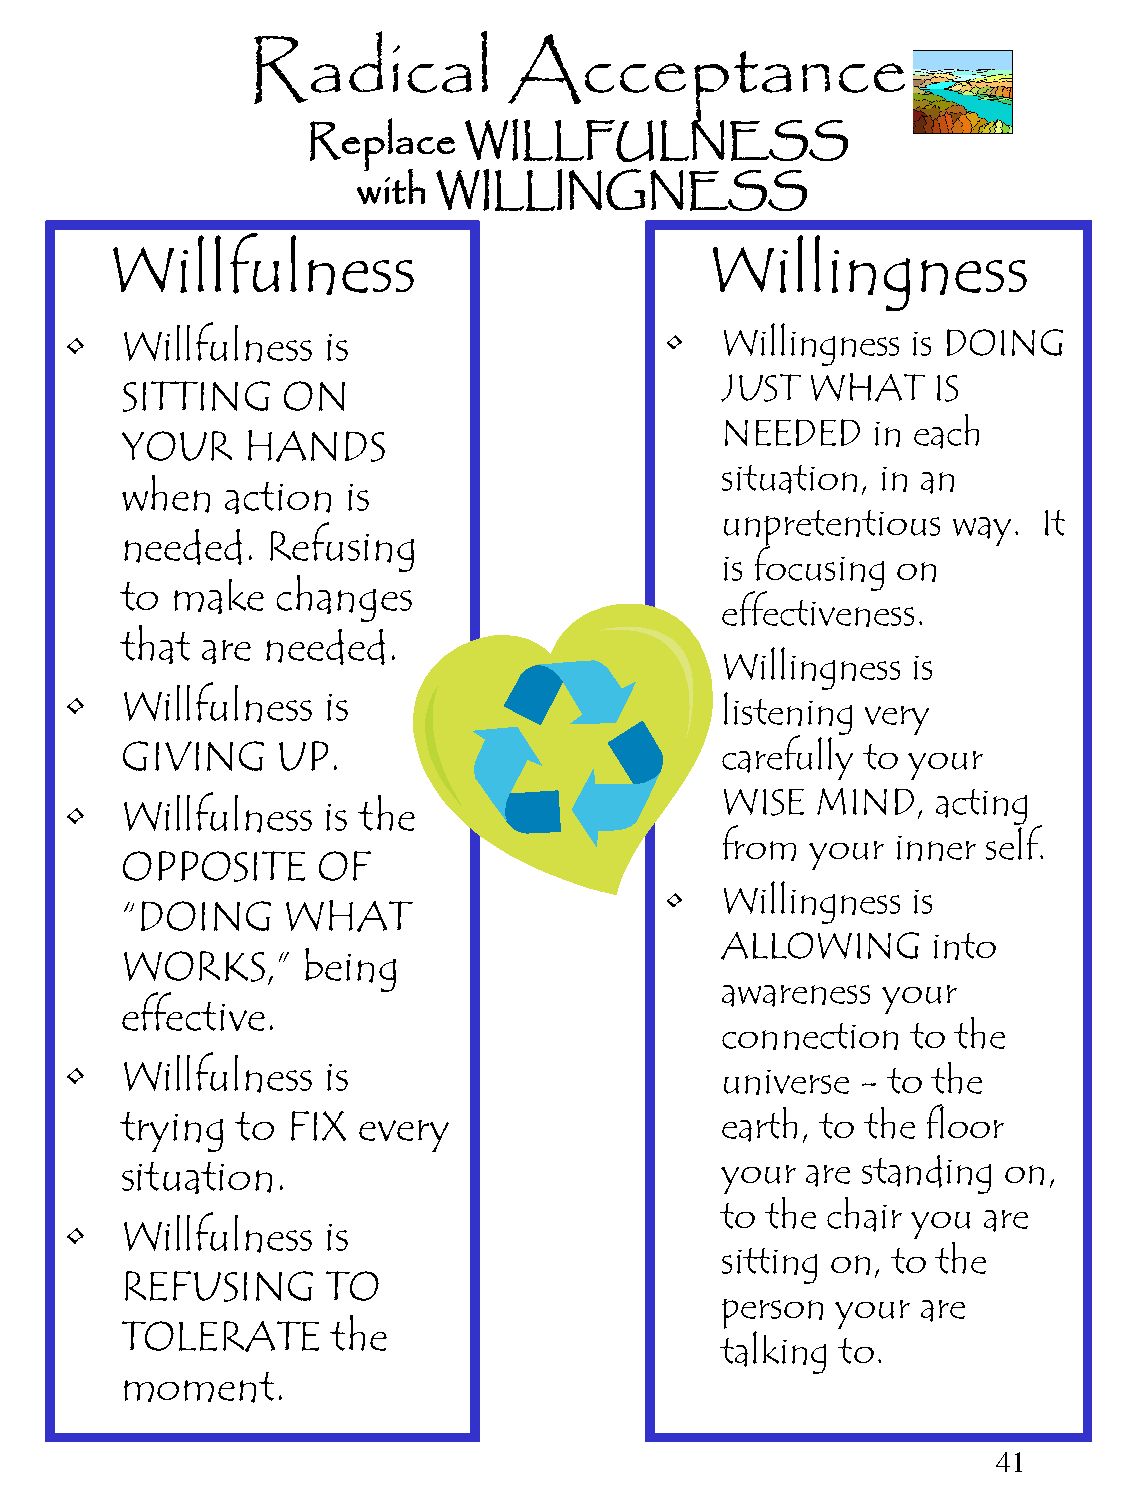
Radical           Acceptance
 Replace    WILLFULNESS
 with WILLINGNESS
 Willfulness                             Willingness
 •   Willfulness  is                     •   Willingness is DOING
 JUST  WHAT    IS
 SITTING    ON
 NEEDED    in each
 YOUR    HANDS
 situation, in an
 when   action  is
 unpretentious  way.  It
 needed.   Refusing
 is focusing on
 to make   changes
 effectiveness.
 that are needed.
 •   Willingness is
 •   Willfulness  is
 listening very
 GIVING    UP.                           carefully to your
 WISE  MIND,   acting
 •   Willfulness  is the
 from  your inner self.
 OPPOSITE     OF
 •   Willingness is
 “DOING     WHAT
 ALLOWING      into
 WORKS,”     being
 awareness your
 effective.
 connection  to the
 •   Willfulness  is                         universe - to the
 trying  to FIX  every                   earth, to the floor
 situation.                              your are standing on,
 to the chair you are
 •   Willfulness  is
 sitting on, to the
 REFUSING      TO
 person your  are
 TOLERATE      the
 talking to.
 moment.
 41